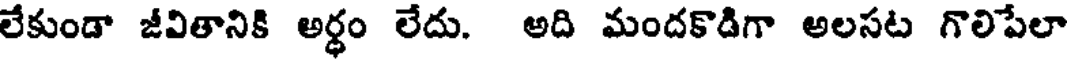
లేకుండా జీవితానికి అర్థం లేదు. అది మందకొడిగా అలసట గొలిపేలా